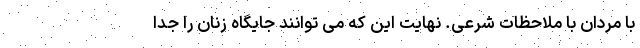
با مردان با ملاحظات شرعی. نهایت این که می توانند جایگاه زنان را جدا